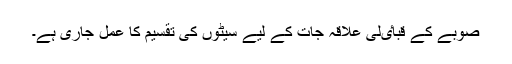
صوبے کے قباٸلی علاقہ جات کے لیے سیٹوں کی تقسیم کا عمل جاری ہے۔